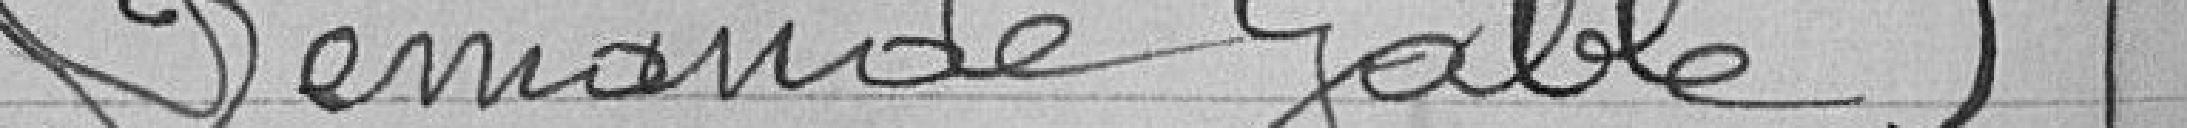
Demande Gable